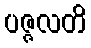
ပဇ္ဇလတိ